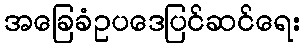
အခြေခံဥပဒေပြင်ဆင်ရေး